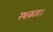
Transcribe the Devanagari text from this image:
रथकारः।